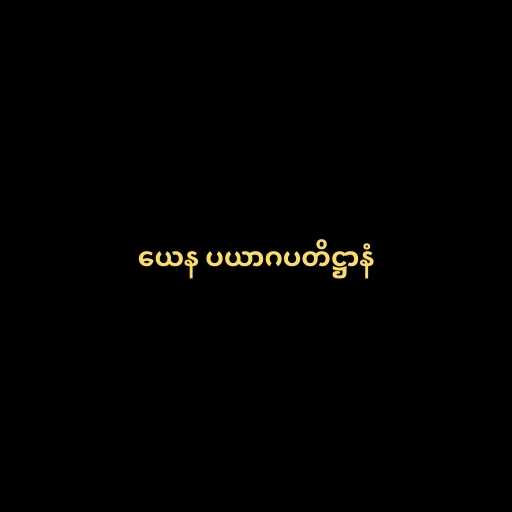
ယေန ပယာဂပတိဋ္ဌာနံ